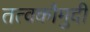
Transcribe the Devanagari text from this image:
तत्‍वकौमुदी